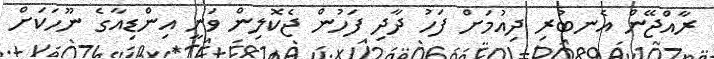
ރާއްޖޭން އެނބުރި ދިއުމަށް ފަހު ދާދި ފަހުން ޖެކޮލިން ވަނީ އިންޑިއާގެ ނޫހަކަށް